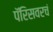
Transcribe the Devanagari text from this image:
पॅरिसवरचं